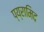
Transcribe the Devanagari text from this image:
प्य्रामिद